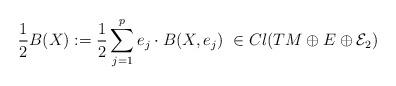
LaTeX: \begin{align*}\frac{1}{2}B(X):=\frac{1}{2}\sum_{j=1}^pe_j\cdot B(X,e_j)\ \in Cl(TM\oplus E\oplus \mathcal{E}_2)\end{align*}